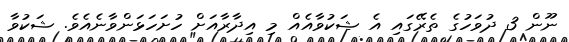
ނޫން 3 ދުވަހުގެ ތެރޭގައި އެ ޝަކުވާއެއް މި އިދާރާއަށް ހުށަހަޅަންވާނެއެވެ. ޝަކުވާ